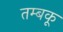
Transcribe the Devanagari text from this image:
तम्बकू